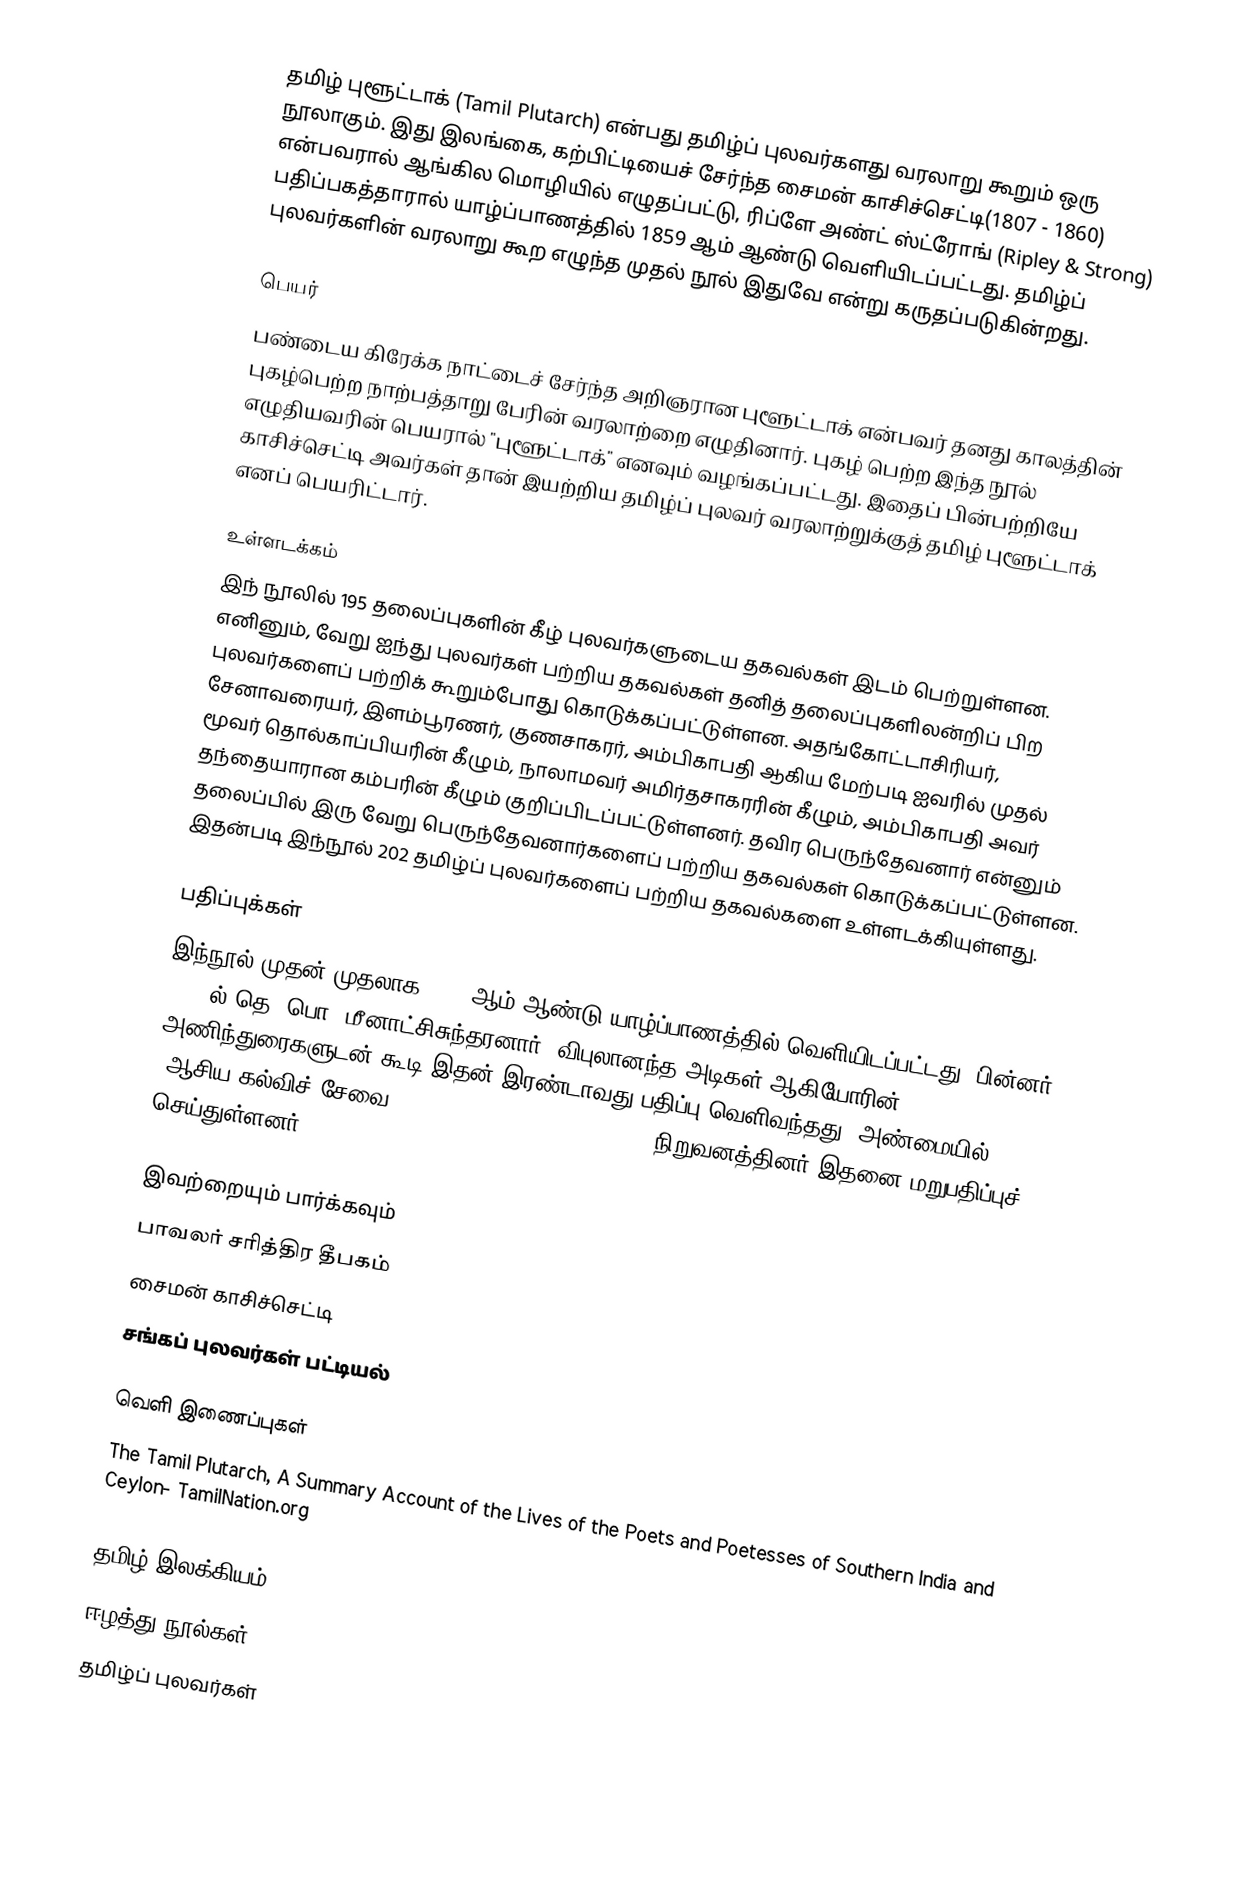
தமிழ் புளூட்டாக் (Tamil Plutarch) என்பது தமிழ்ப் புலவர்களது வரலாறு கூறும் ஒரு நூலாகும். இது இலங்கை, கற்பிட்டியைச் சேர்ந்த சைமன் காசிச்செட்டி(1807 - 1860) என்பவரால் ஆங்கில மொழியில் எழுதப்பட்டு, ரிப்ளே அண்ட் ஸ்ட்ரோங் (Ripley & Strong) பதிப்பகத்தாரால் யாழ்ப்பாணத்தில் 1859 ஆம் ஆண்டு வெளியிடப்பட்டது. தமிழ்ப் புலவர்களின் வரலாறு கூற எழுந்த முதல் நூல் இதுவே என்று கருதப்படுகின்றது.

பெயர்
பண்டைய கிரேக்க நாட்டைச் சேர்ந்த அறிஞரான புளூட்டாக் என்பவர் தனது காலத்தின் புகழ்பெற்ற நாற்பத்தாறு பேரின் வரலாற்றை எழுதினார். புகழ் பெற்ற இந்த நூல் எழுதியவரின் பெயரால் "புளூட்டாக்" எனவும் வழங்கப்பட்டது. இதைப் பின்பற்றியே காசிச்செட்டி அவர்கள் தான் இயற்றிய தமிழ்ப் புலவர் வரலாற்றுக்குத் தமிழ் புளூட்டாக் எனப் பெயரிட்டார்.

உள்ளடக்கம்
இந் நூலில் 195 தலைப்புகளின் கீழ் புலவர்களுடைய தகவல்கள் இடம் பெற்றுள்ளன. எனினும், வேறு ஐந்து புலவர்கள் பற்றிய தகவல்கள் தனித் தலைப்புகளிலன்றிப் பிற புலவர்களைப் பற்றிக் கூறும்போது கொடுக்கப்பட்டுள்ளன. அதங்கோட்டாசிரியர், சேனாவரையர், இளம்பூரணர், குணசாகரர், அம்பிகாபதி ஆகிய மேற்படி ஐவரில் முதல் மூவர் தொல்காப்பியரின் கீழும், நாலாமவர் அமிர்தசாகரரின் கீழும், அம்பிகாபதி அவர் தந்தையாரான கம்பரின் கீழும் குறிப்பிடப்பட்டுள்ளனர். தவிர பெருந்தேவனார் என்னும் தலைப்பில் இரு வேறு பெருந்தேவனார்களைப் பற்றிய தகவல்கள் கொடுக்கப்பட்டுள்ளன. இதன்படி இந்நூல் 202 தமிழ்ப் புலவர்களைப் பற்றிய தகவல்களை உள்ளடக்கியுள்ளது.

பதிப்புக்கள்
இந்நூல் முதன் முதலாக 1859 ஆம் ஆண்டு யாழ்ப்பாணத்தில் வெளியிடப்பட்டது. பின்னர், 1946 ல் தெ. பொ. மீனாட்சிசுந்தரனார், விபுலானந்த அடிகள் ஆகியோரின் அணிந்துரைகளுடன் கூடி இதன் இரண்டாவது பதிப்பு வெளிவந்தது. அண்மையில் "ஆசிய கல்விச் சேவை" (Asian Educational Services) நிறுவனத்தினர் இதனை மறுபதிப்புச் செய்துள்ளனர்.

இவற்றையும் பார்க்கவும்
 பாவலர் சரித்திர தீபகம்
 சைமன் காசிச்செட்டி
 சங்கப் புலவர்கள் பட்டியல்

வெளி இணைப்புகள்
 The Tamil Plutarch, A Summary Account of the Lives of the Poets and Poetesses of Southern India and Ceylon- TamilNation.org

தமிழ் இலக்கியம்
ஈழத்து நூல்கள்
தமிழ்ப் புலவர்கள்